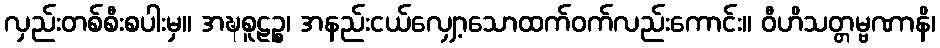
လှည်းတစ်စီးစပါးမှ။ အဍ္ဎစူဠဉ္စ၊ အနည်းငယ်လျှော့သောထက်ဝက်လည်းကောင်း။ ဝီဟိသတ္တမ္ဗဏာနိ၊